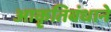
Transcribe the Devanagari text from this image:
आकृतिबंधाने